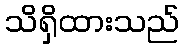
သိရှိထားသည်